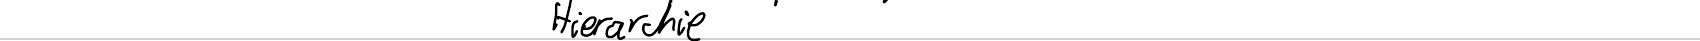
Hierarchie